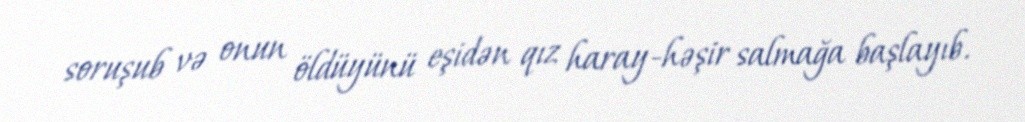
soruşub və onun öldüyünü eşidən qız haray-həşir salmağa başlayıb.